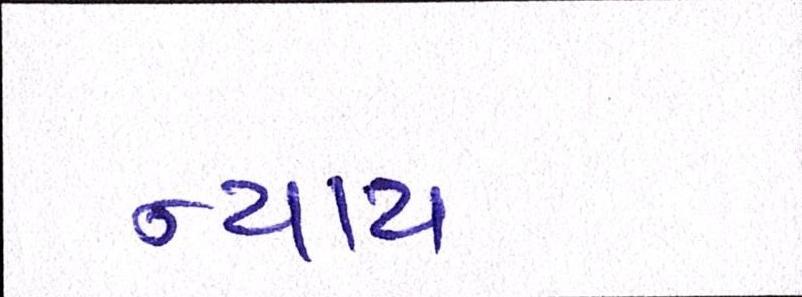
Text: ન્યાય